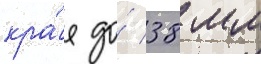
кра́я до́ 38 мм